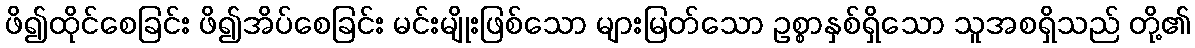
ဖိ၍ထိုင်စေခြင်း ဖိ၍အိပ်စေခြင်း မင်းမျိုးဖြစ်သော များမြတ်သော ဥစ္စာနှစ်ရှိသော သူအစရှိသည် တို့၏